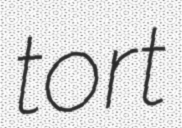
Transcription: tort